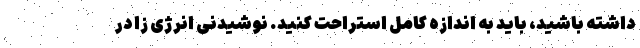
داشته باشید، باید به اندازه کامل استراحت کنید. نوشیدنی انرژی زا در